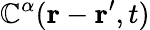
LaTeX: \mathbb{C}^{\alpha}(\mathbf{{r}}-\mathbf{{r^{\prime}}},t)